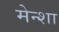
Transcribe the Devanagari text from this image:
मेन्शा